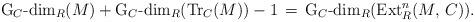
LaTeX: \begin{align*}\textrm{G}_C\textrm{-dim}_R(M) + \textrm{G}_C\textrm{-dim}_R(\textrm{Tr}_C (M)) - 1 \, = \, \textrm{G}_C\textrm{-dim}_R(\textrm{Ext}_{R}^n (M,\,C)).\end{align*}